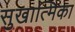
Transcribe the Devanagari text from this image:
सुखात्मिका